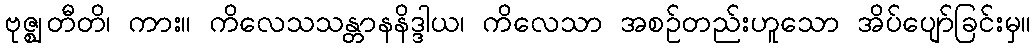
ဗုဇ္ဈတီတိ၊ ကား။ ကိလေသသန္တာနနိဒ္ဒါယ၊ ကိလေသာ အစဉ်တည်းဟူသော အိပ်ပျော်ခြင်းမှ။